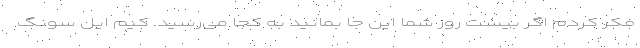
فکر کردم اگر بیست روز شما این جا بمانید به کجا می‌رسید. کیم ایل سونگ